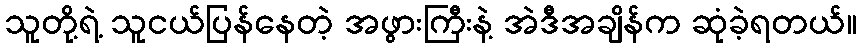
သူတို့ရဲ့ သူငယ်ပြန်နေတဲ့ အဖွားကြီးနဲ့ အဲဒီအချိန်က ဆုံခဲ့ရတယ်။